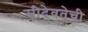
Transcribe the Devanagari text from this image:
स्त्रीदेवतेची